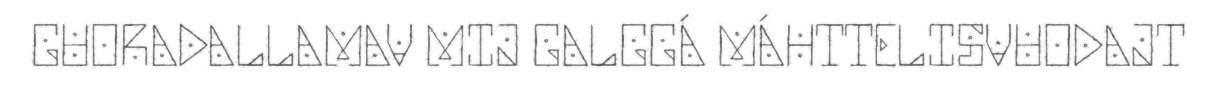
GUORADALLAMAV MIJ GALGGÁ MÁHTTELISVUODAJT